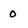
Character: 0